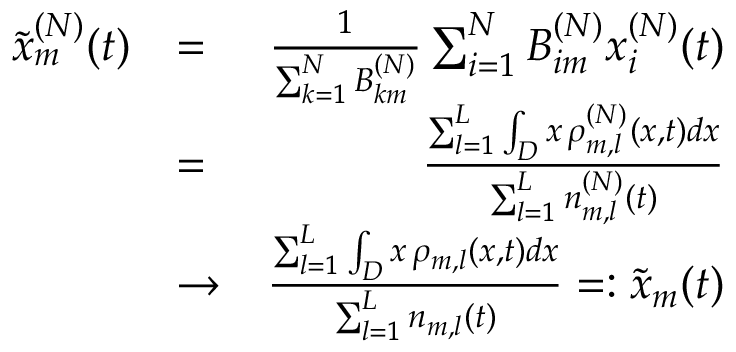
\begin{array} { r l r } { \tilde { x } _ { m } ^ { ( N ) } ( t ) } & { = } & { \frac { 1 } { \sum _ { k = 1 } ^ { N } B _ { k m } ^ { ( N ) } } \sum _ { i = 1 } ^ { N } B _ { i m } ^ { ( N ) } x _ { i } ^ { ( N ) } ( t ) } \\ & { = } & { \frac { \sum _ { l = 1 } ^ { L } \int _ { D } x \, \rho _ { m , l } ^ { ( N ) } ( x , t ) d x } { \sum _ { l = 1 } ^ { L } n _ { m , l } ^ { ( N ) } ( t ) } } \\ & { \rightarrow } & { \frac { \sum _ { l = 1 } ^ { L } \int _ { D } x \, \rho _ { m , l } ( x , t ) d x } { \sum _ { l = 1 } ^ { L } n _ { m , l } ( t ) } = : \tilde { x } _ { m } ( t ) } \end{array}